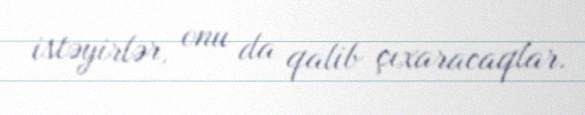
istəyirlər, onu da qalib çıxaracaqlar.